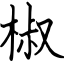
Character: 椒